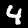
Digit: 4